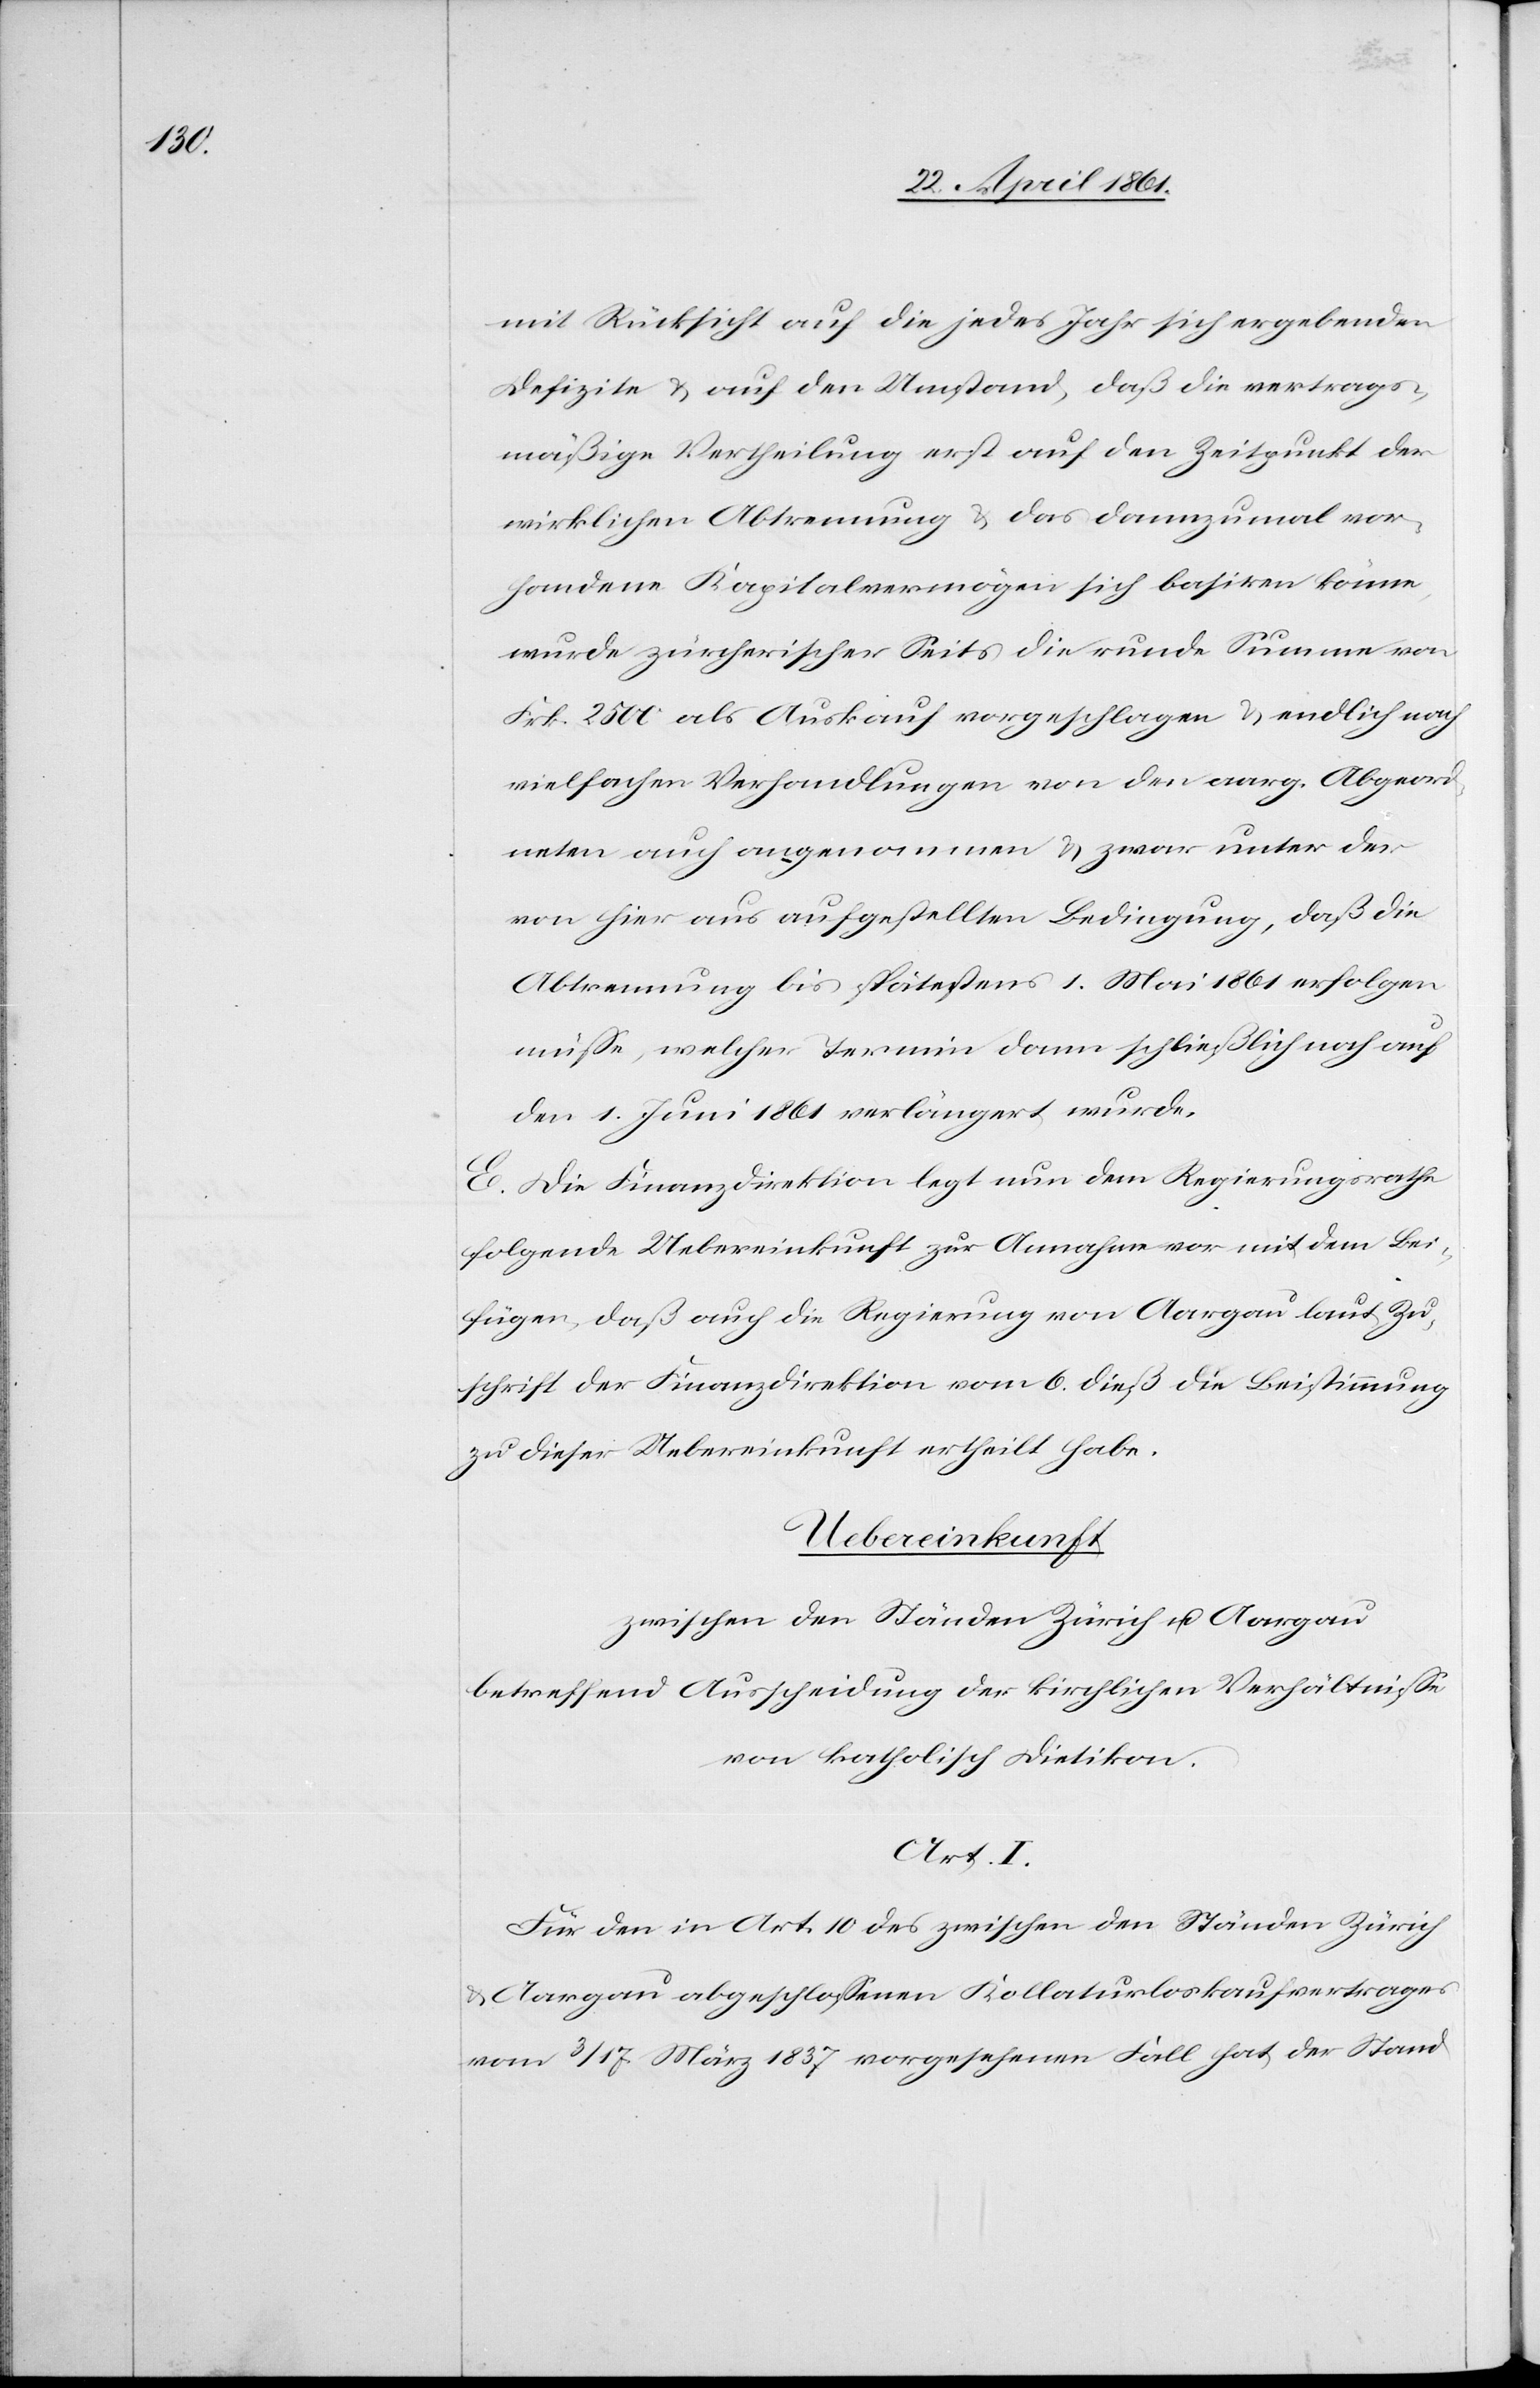
mit Rücksicht auf die jedes Jahr sich ergebenden
Defizite u. auf den Umstand, daß die vertragsge¬
mäßige Vertheilung erst auf den Zeitpunkt der
wirklichen Abtrennung u. das dannzumal vor¬
handene Kapitalvermögen sich basiren könne,
wurde zürcherischer Seits die runde Summe von
Frk. 2500 als Auskauf vorgeschlagen u. endlich nach
vielfachen Verhandlungen von den aarg. Abgeord¬
neten auch angenommen u. zwar unter der
von hier aus aufgestellten Bedingung, daß die
Abtrennung bis spätestens 1 Mai 1861 erfolgen
müsse, welcher Termin dann schließlich noch auf
den 1. Juni 1861 verlängert wurde.
E. Die Finanzdirektion legt nun dem Regierungsrathe
folgende Uebereinkunft zur Annahme vor mit dem Bei¬
fügen, daß auch die Regierung von Aargau laut Zu¬
schrift der Finanzdirektion vom 6. dieß die Beistimmung
zu dieser Uebereinkunft ertheilt habe.
Uebereinkunft
zwischen den Ständen Zürich und Aargau
betreffend Ausscheidung der kirchlichen Verhältnisse
von katholisch Dietikon.
Art. I.
Für den in Art. 10 des zwischen den Ständen Zürich
Aargau abgeschlossenen Kollaturloskaufvertrages
vom 3 / 17 März 1837 vorgesehenen Fall hat der Stand